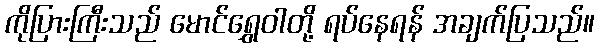
ကိုပြားကြီးသည် မောင်ရွှေဝါတို့ ရပ်နေရန် အချက်ပြသည်။